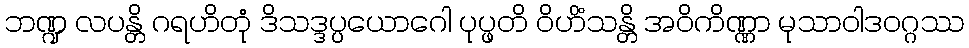
ဘဏ္ဍ လပန္တိ ဂရဟိတုံ ဒိသဒ္ဒပ္ပယောဂေါ ပုပ္ဖတိ ဝိဟိံသန္တိ အဝိကိဏ္ဏာ မုသာဝါဒဝဂ္ဂဿ